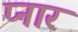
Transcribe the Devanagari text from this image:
प्नार